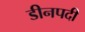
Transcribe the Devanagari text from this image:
डीनपदी